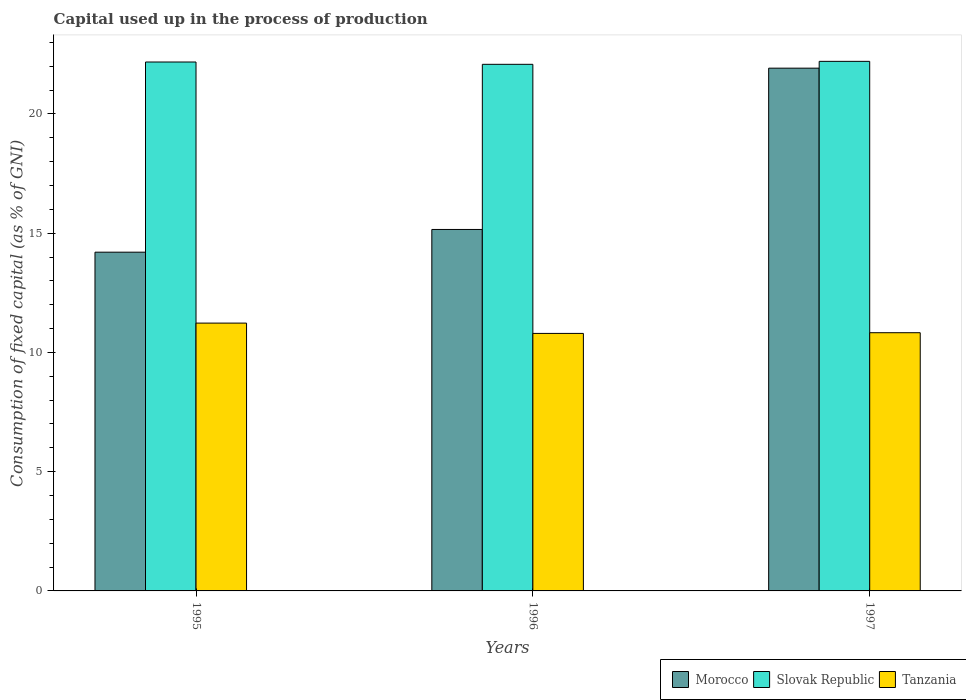
| Years | Morocco | Slovak Republic | Tanzania |
 | --- | --- | --- | --- |
 | 1995 | 14.2 | 22.2 | 11.2 |
 | 1996 | 15.2 | 22.1 | 10.8 |
 | 1997 | 21.9 | 22.2 | 10.8 |